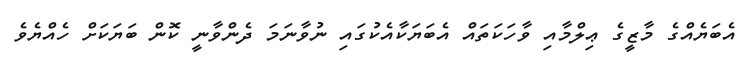
އެބަޔެއްގެ މާޒީގެ ޢިލްމާއި ވާހަކަތައް އެބަޔަކާއެކުގައި ނުވާނަމަ ދެންވާނީ ކޮން ބަޔަކަށް ހެއްޔެވެ